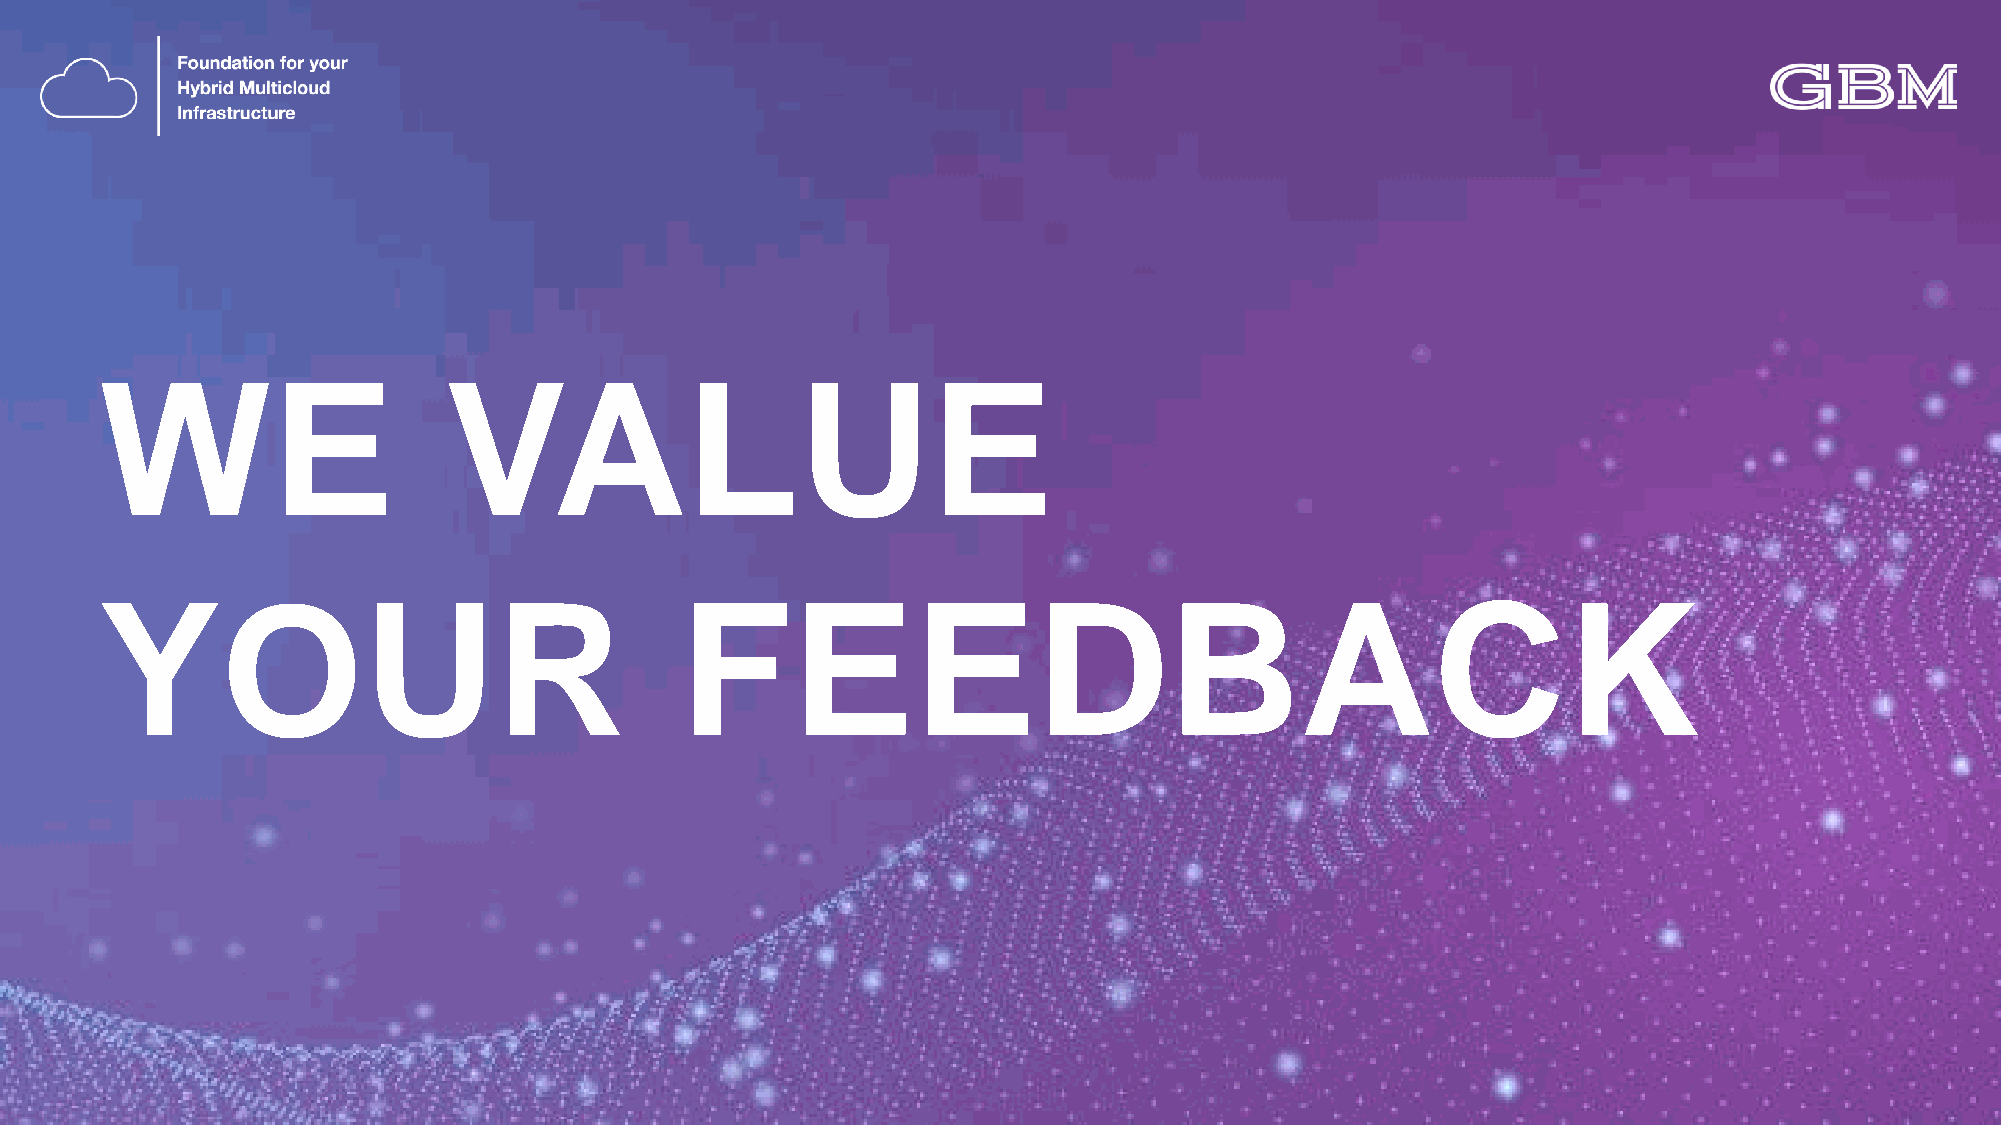
WE                    VALUE
 YOUR                                  FEEDBACK